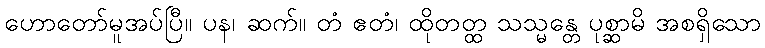
ဟောတော်မူအပ်ပြီ။ ပန၊ ဆက်။ တံ ဧတံ၊ ထိုတတ္ထ သသ္မန္တေ ပုစ္ဆာမိ အစရှိသော